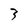
Character: 3